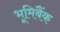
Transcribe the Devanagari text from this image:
भूमिबैंक